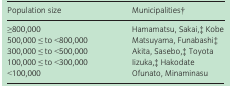
<table><thead><tr><td><b>Population size</b></td><td><b>Municipalitiesa</b></td></tr></thead><tbody><tr><td>≥800,000</td><td>Hamamatsu, Sakai,b Kobe</td></tr><tr><td>500,000 ≤ to &lt;800,000</td><td>Matsuyama, Funabashib</td></tr><tr><td>300,000 ≤ to &lt;500,000</td><td>Akita, Sasebo,b Toyota</td></tr><tr><td>100,000 ≤ to &lt;300,000</td><td>Iizuka,b Hakodate</td></tr><tr><td>&lt;100,000</td><td>Ofunato, Minaminasu</td></tr></tbody></table>